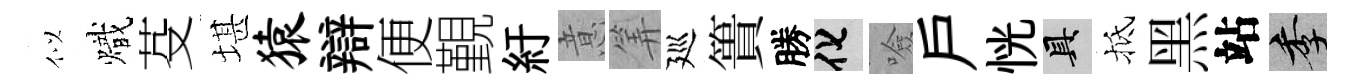
似熾芟堪猿辯便覲紆意筭廵簣勝化噞戸恍具抵黑站季